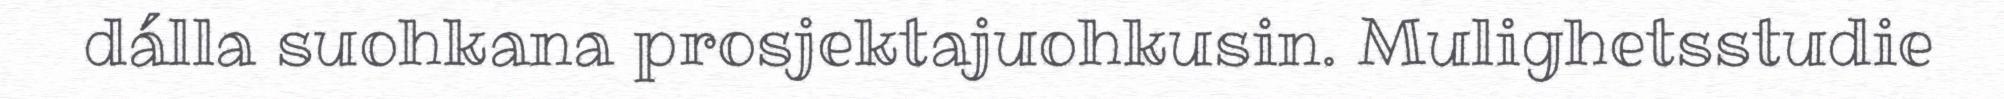
dálla suohkana prosjektajuohkusin. Mulighetsstudie